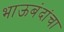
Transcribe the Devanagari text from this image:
भाऊबंदांचा